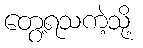
တွေ့ရသကဲ့သို့